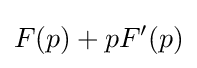
F(p)+pF'(p)